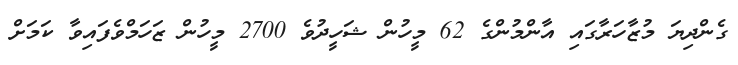
ގެންދިޔަ މުޒާހަރާގައި އާންމުންގެ 62 މީހުން ޝަހީދުވެ 2700 މީހުން ޒަހަމްވެފައިވާ ކަމަށް